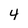
Character: 4